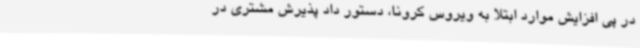
در پی افزایش موارد ابتلا به ویروس کرونا، دستور داد پذیرش مشتری در